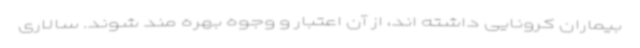
بیماران کرونایی داشته اند، از آن اعتبار و وجوه بهره مند شوند. سالاری